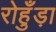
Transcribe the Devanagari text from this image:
रोहुँड़ा